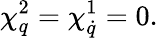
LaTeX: \chi_{q}^{2}=\chi_{\dot{q}}^{1}=0.